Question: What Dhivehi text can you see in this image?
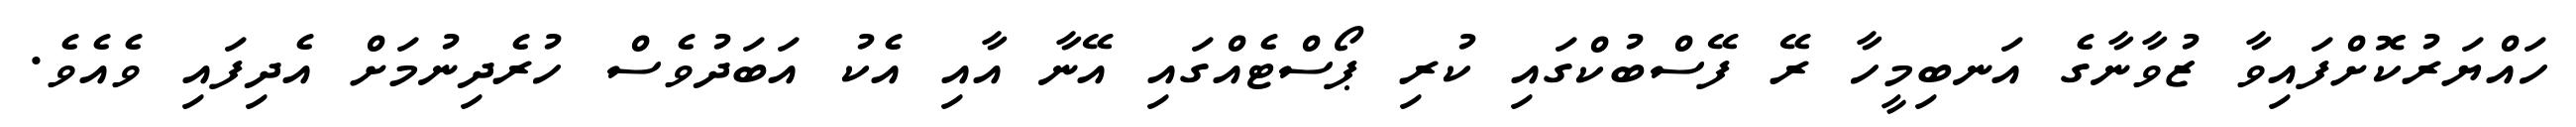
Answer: ހައްޔަރުކޮށްފައިވާ ޒުވާނާގެ އަނބިމީހާ ރޭ ފޭސްބުކްގައި ކުރި ޕޯސްޓެއްގައި އޭނާ އާއި އެކު އަބަދުވެސް ހުރެދިނުމަށް އެދިފައި ވެއެވެ.